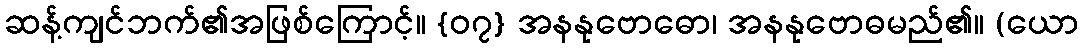
ဆန့်ကျင်ဘက်၏အဖြစ်ကြောင့်။ {၀၇} အနနုဗောဓော၊ အနနုဗောဓမည်၏။ (ယော